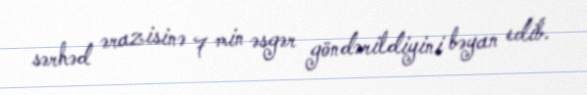
sərhəd ərazisinə 7 min əsgər göndərildiyini bəyan edib.